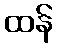
ထန်